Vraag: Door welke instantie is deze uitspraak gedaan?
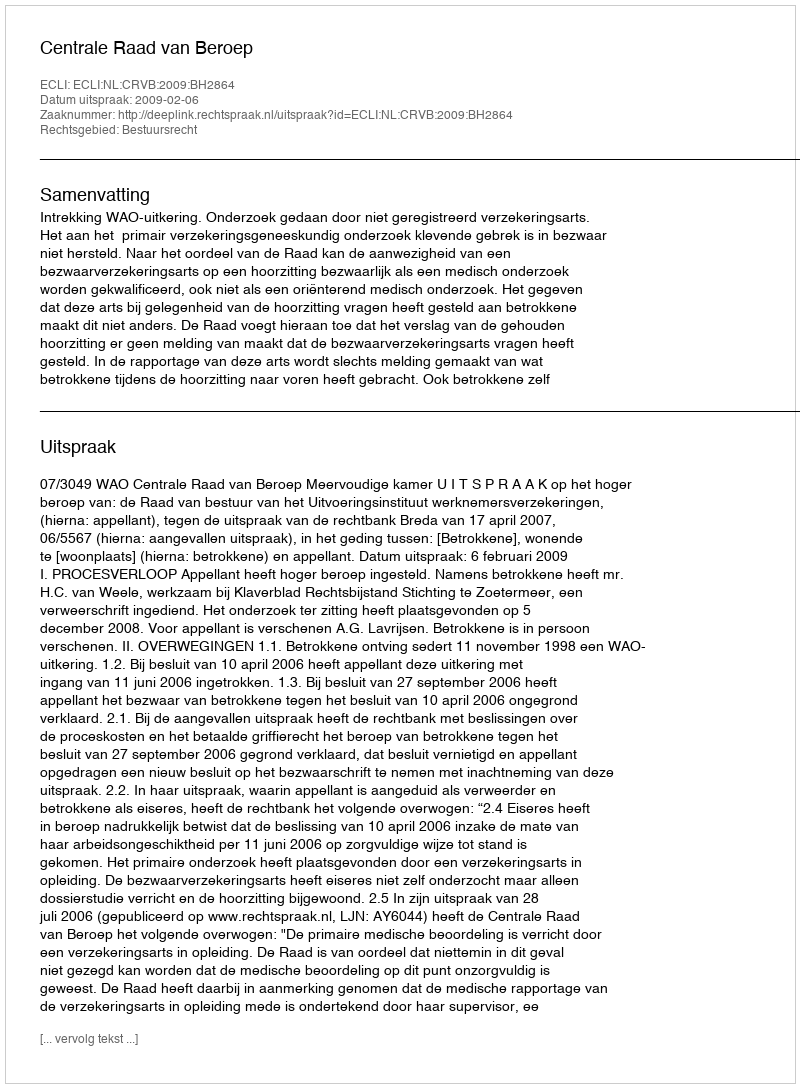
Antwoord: Centrale Raad van Beroep